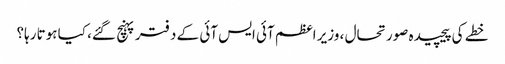
خطے کی پیچیدہ صورتحال ، وزیر اعظم آئی ایس آئی کے دفتر پہنچ گئے، کیا ہوتا رہا؟